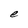
Character: e